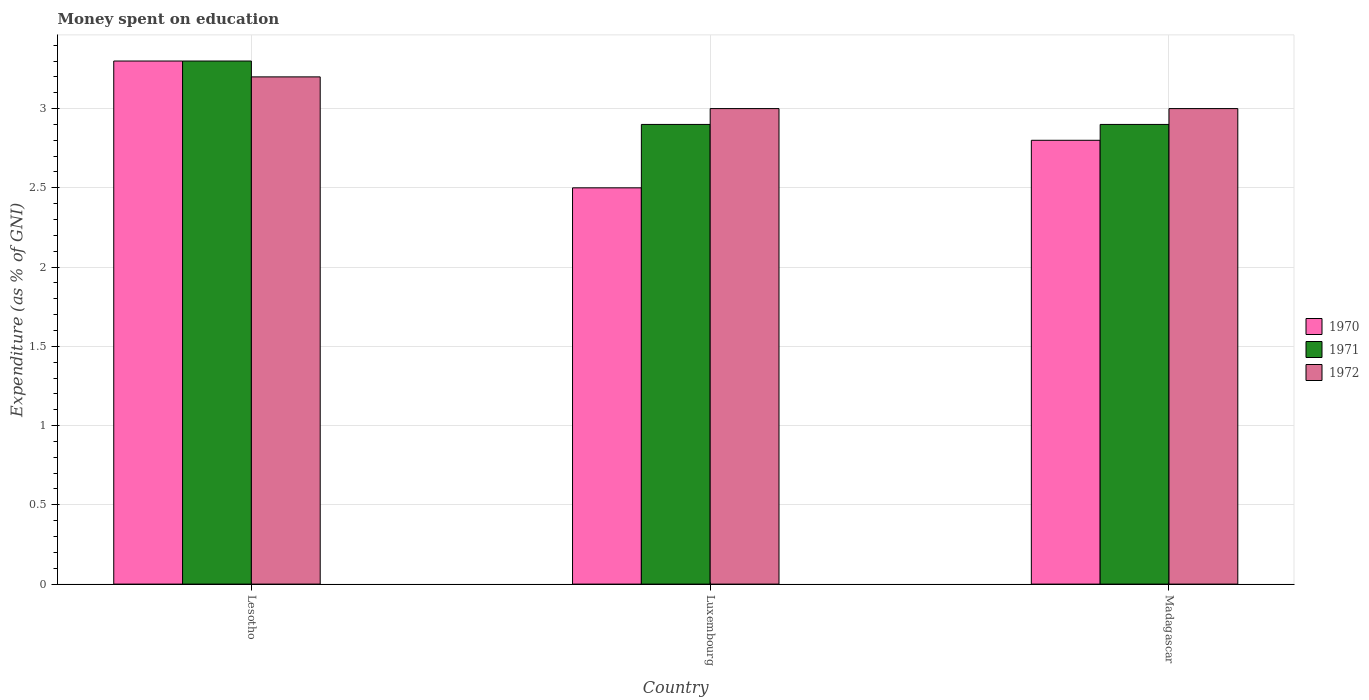
| Country | 1970 | 1971 | 1972 |
 | --- | --- | --- | --- |
 | Lesotho | 3.3 | 3.3 | 3.2 |
 | Luxembourg | 2.5 | 2.9 | 3 |
 | Madagascar | 2.8 | 2.9 | 3 |